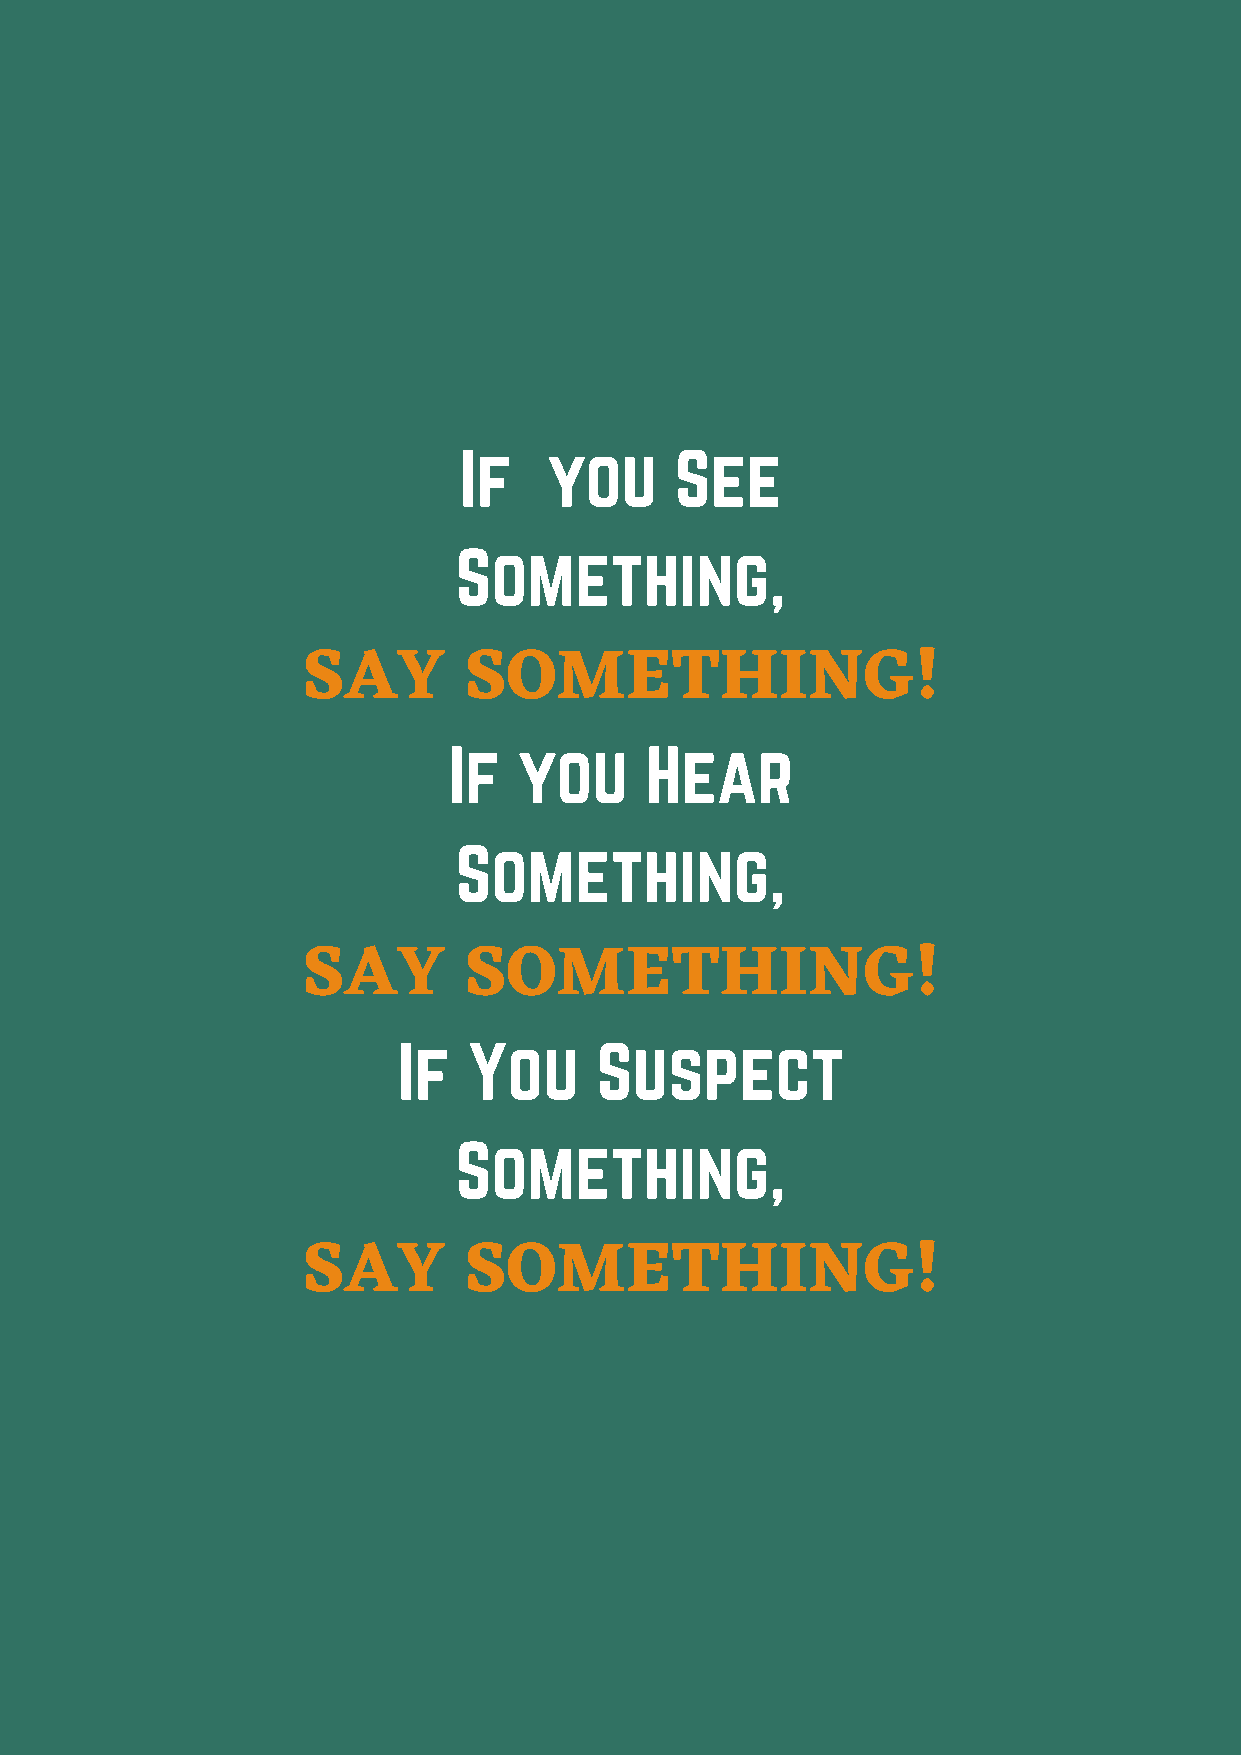
If    you      See
 Something,
 SAY        SOMETHING!
 If  you      Hear
 Something,
 SAY        SOMETHING!
 If   You     Suspect
 Something,
 SAY        SOMETHING!